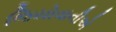
જિયોવાનીએ